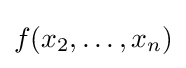
f(x_{2},\dots ,x_{n})